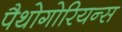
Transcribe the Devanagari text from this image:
पैथोगोरियन्स